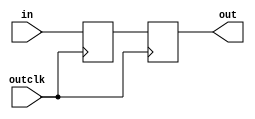


module sync (
		input wire in,
		input wire outclk,
		output reg out = 0
	);

	reg int = 0;

	always @(posedge outclk) begin
		int <= in;
		out <= int;
	end

endmodule